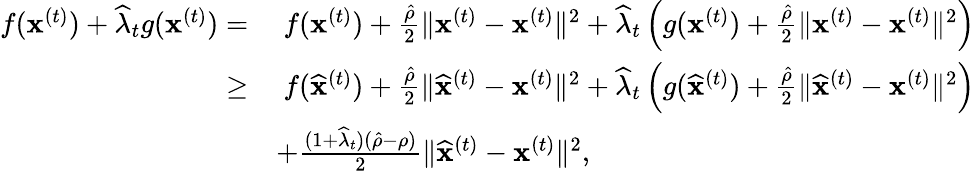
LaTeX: \begin{array}{rl}{f({\mathbf x}^{(t)})+\widehat\lambda_{t}g({\mathbf x}^{(t)})=}&{~f({\mathbf x}^{(t)})+\frac{\hat{\rho}}{2}\| {\mathbf x}^{(t)}-{\mathbf x}^{(t)}\| ^{2}+\widehat\lambda_{t}\left(g({\mathbf x}^{(t)})+\frac{\hat{\rho}}{2}\| {\mathbf x}^{(t)}-{\mathbf x}^{(t)}\| ^{2}\right)}\\ {\geq}&{~f(\widehat{\mathbf x}^{(t)})+\frac{\hat{\rho}}{2}\| \widehat{\mathbf x}^{(t)}-{\mathbf x}^{(t)}\| ^{2}+\widehat\lambda_{t}\left(g(\widehat{\mathbf x}^{(t)})+\frac{\hat{\rho}}{2}\| \widehat{\mathbf x}^{(t)}-{\mathbf x}^{(t)}\| ^{2}\right)}\\ &{+\frac{(1+\widehat\lambda_{t})(\hat{\rho}-\rho)}{2}\| \widehat{\mathbf x}^{(t)}-{\mathbf x}^{(t)}\| ^{2},}\end{array}